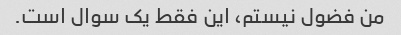
من فضول نیستم، این فقط یک سوال است.